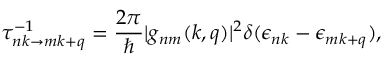
\tau _ { n k \rightarrow m k + q } ^ { - 1 } = \frac { 2 \pi } { \hbar } | g _ { n m } ( k , q ) | ^ { 2 } \delta ( \epsilon _ { n k } - \epsilon _ { m k + q } ) ,